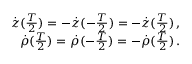
\begin{array} { r } { \dot { z } ( \frac { T } { 2 } ) = - \dot { z } ( - \frac { T } { 2 } ) = - \dot { z } ( \frac { T } { 2 } ) \, , } \\ { \dot { \rho } ( \frac { T } { 2 } ) = \dot { \rho } ( - \frac { T } { 2 } ) = - \dot { \rho } ( \frac { T } { 2 } ) \, . } \end{array}